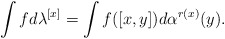
\begin{gather*}\int f d\lambda^{[x]}=\int f([x,y])d\alpha^{r(x)}(y).\end{gather*}